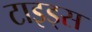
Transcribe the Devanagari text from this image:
टाइड्स